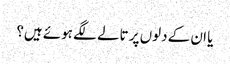
یا ان کے دلوں پر تالے لگے ہوئے ہیں؟